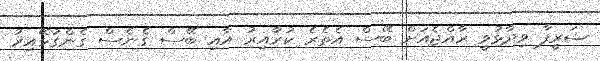
ޝަރީފާ ވިދާޅުވީ ރާއްޖެއަށް ބޭސް އެތެރެ ކުރާއިރު އާއި ބޭސް ގެނެސް ގެންގުޅޭއިރު